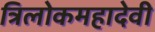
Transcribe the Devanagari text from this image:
त्रिलोकमहादेवी